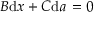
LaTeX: B { \mathrm { d } } x + C { \mathrm { d } } a \, = 0